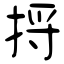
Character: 捋